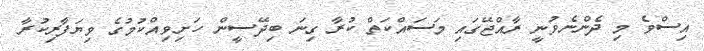
އިސްވެ މި ދެންނެވުނީ ރާއްޖޭގައި މަސައްކަތް ކުރާ ގިނަ ބިދޭސީން ހަށިވިއްކުމުގެ ވިޔަފާރިކުރާ